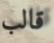
قالب